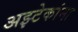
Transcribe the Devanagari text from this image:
अझ्टेकांना